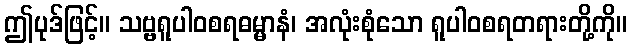
ဤပုဒ်ဖြင့်။ သဗ္ဗရူပါဝစရဓမ္မာနံ၊ အလုံးစုံသော ရူပါဝစရတရားတို့ကို။